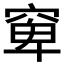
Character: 𱷈